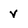
Character: v